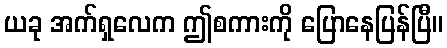
ယခု အက်ရှလေက ဤစကားကို ပြောနေပြန်ပြီ။